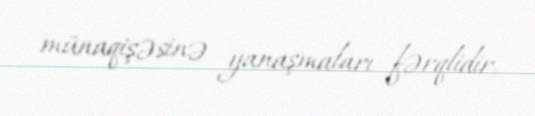
münaqişəsinə yanaşmaları fərqlidir.